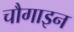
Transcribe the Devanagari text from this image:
चौगाइन